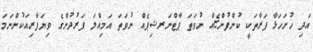
އަދި ހުށަހަޅާ ފަރާތަކީ ކުންފުންޏެއް ނުވަތަ ޕާޓްނަރޝިޕެއް ނުވަތަ އަމިއްލަ ފަރުދުންގެ ވިޔަފާރިއަކުންނަމަ